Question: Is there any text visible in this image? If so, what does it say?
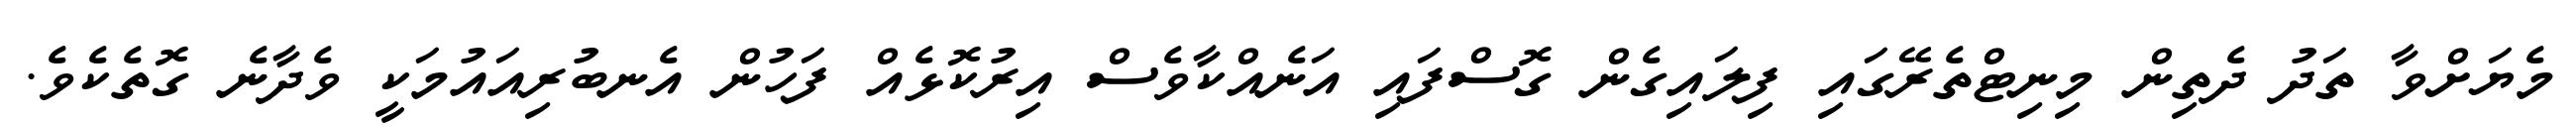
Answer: މެޔަށްވާ ތަދު ދެތިން މިނިޓްތެރޭގައި ފިލައިގެން ގޮސްފައި އަނެއްކާވެސް އިރުކޮޅެއް ފަހުން އެނބުރިއައުމަކީ ވެދާނެ ގޮތެކެވެ.